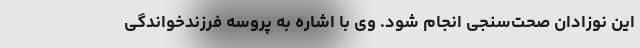
این نوزادان صحت‌سنجی انجام شود. وی با اشاره به پروسه فرزندخواندگی